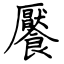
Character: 饜